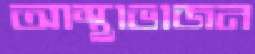
আস্থাভাজন